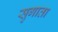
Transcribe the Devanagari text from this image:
सुगाता